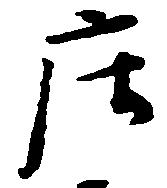
庄